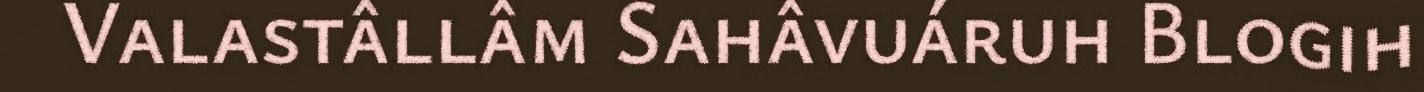
Valastâllâm Sahâvuáruh Blogih